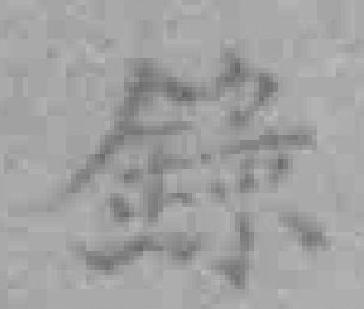
錄